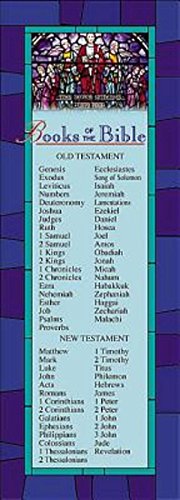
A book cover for Books of the Bible Bookmark (Pkg of 25); Christian Books & Bibles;